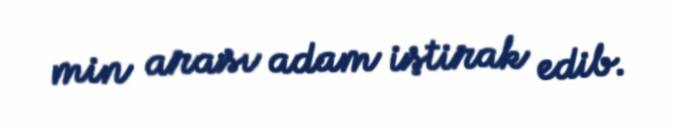
min arası adam iştirak edib.